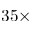
3 5 \times